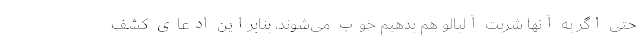
حتی اگر به آنها شربت آلبالو هم بدهیم خوب می‌شوند، بنابراین ادعای کشف